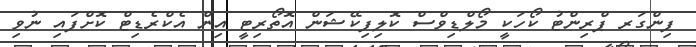
ފިންގަރ ޕްރިންޓު ކޯހަކީ މޯލްޑިވްސް ކޮލިފިކޭޝަން އޮތޯރިޓީ އިން އެކްރެޑިޓް ކޮށްފައި ނުވި